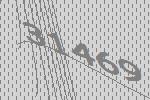
31469